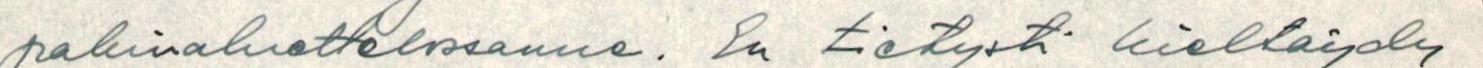
pakinaluettelossanne. En tietysti kieltäydy